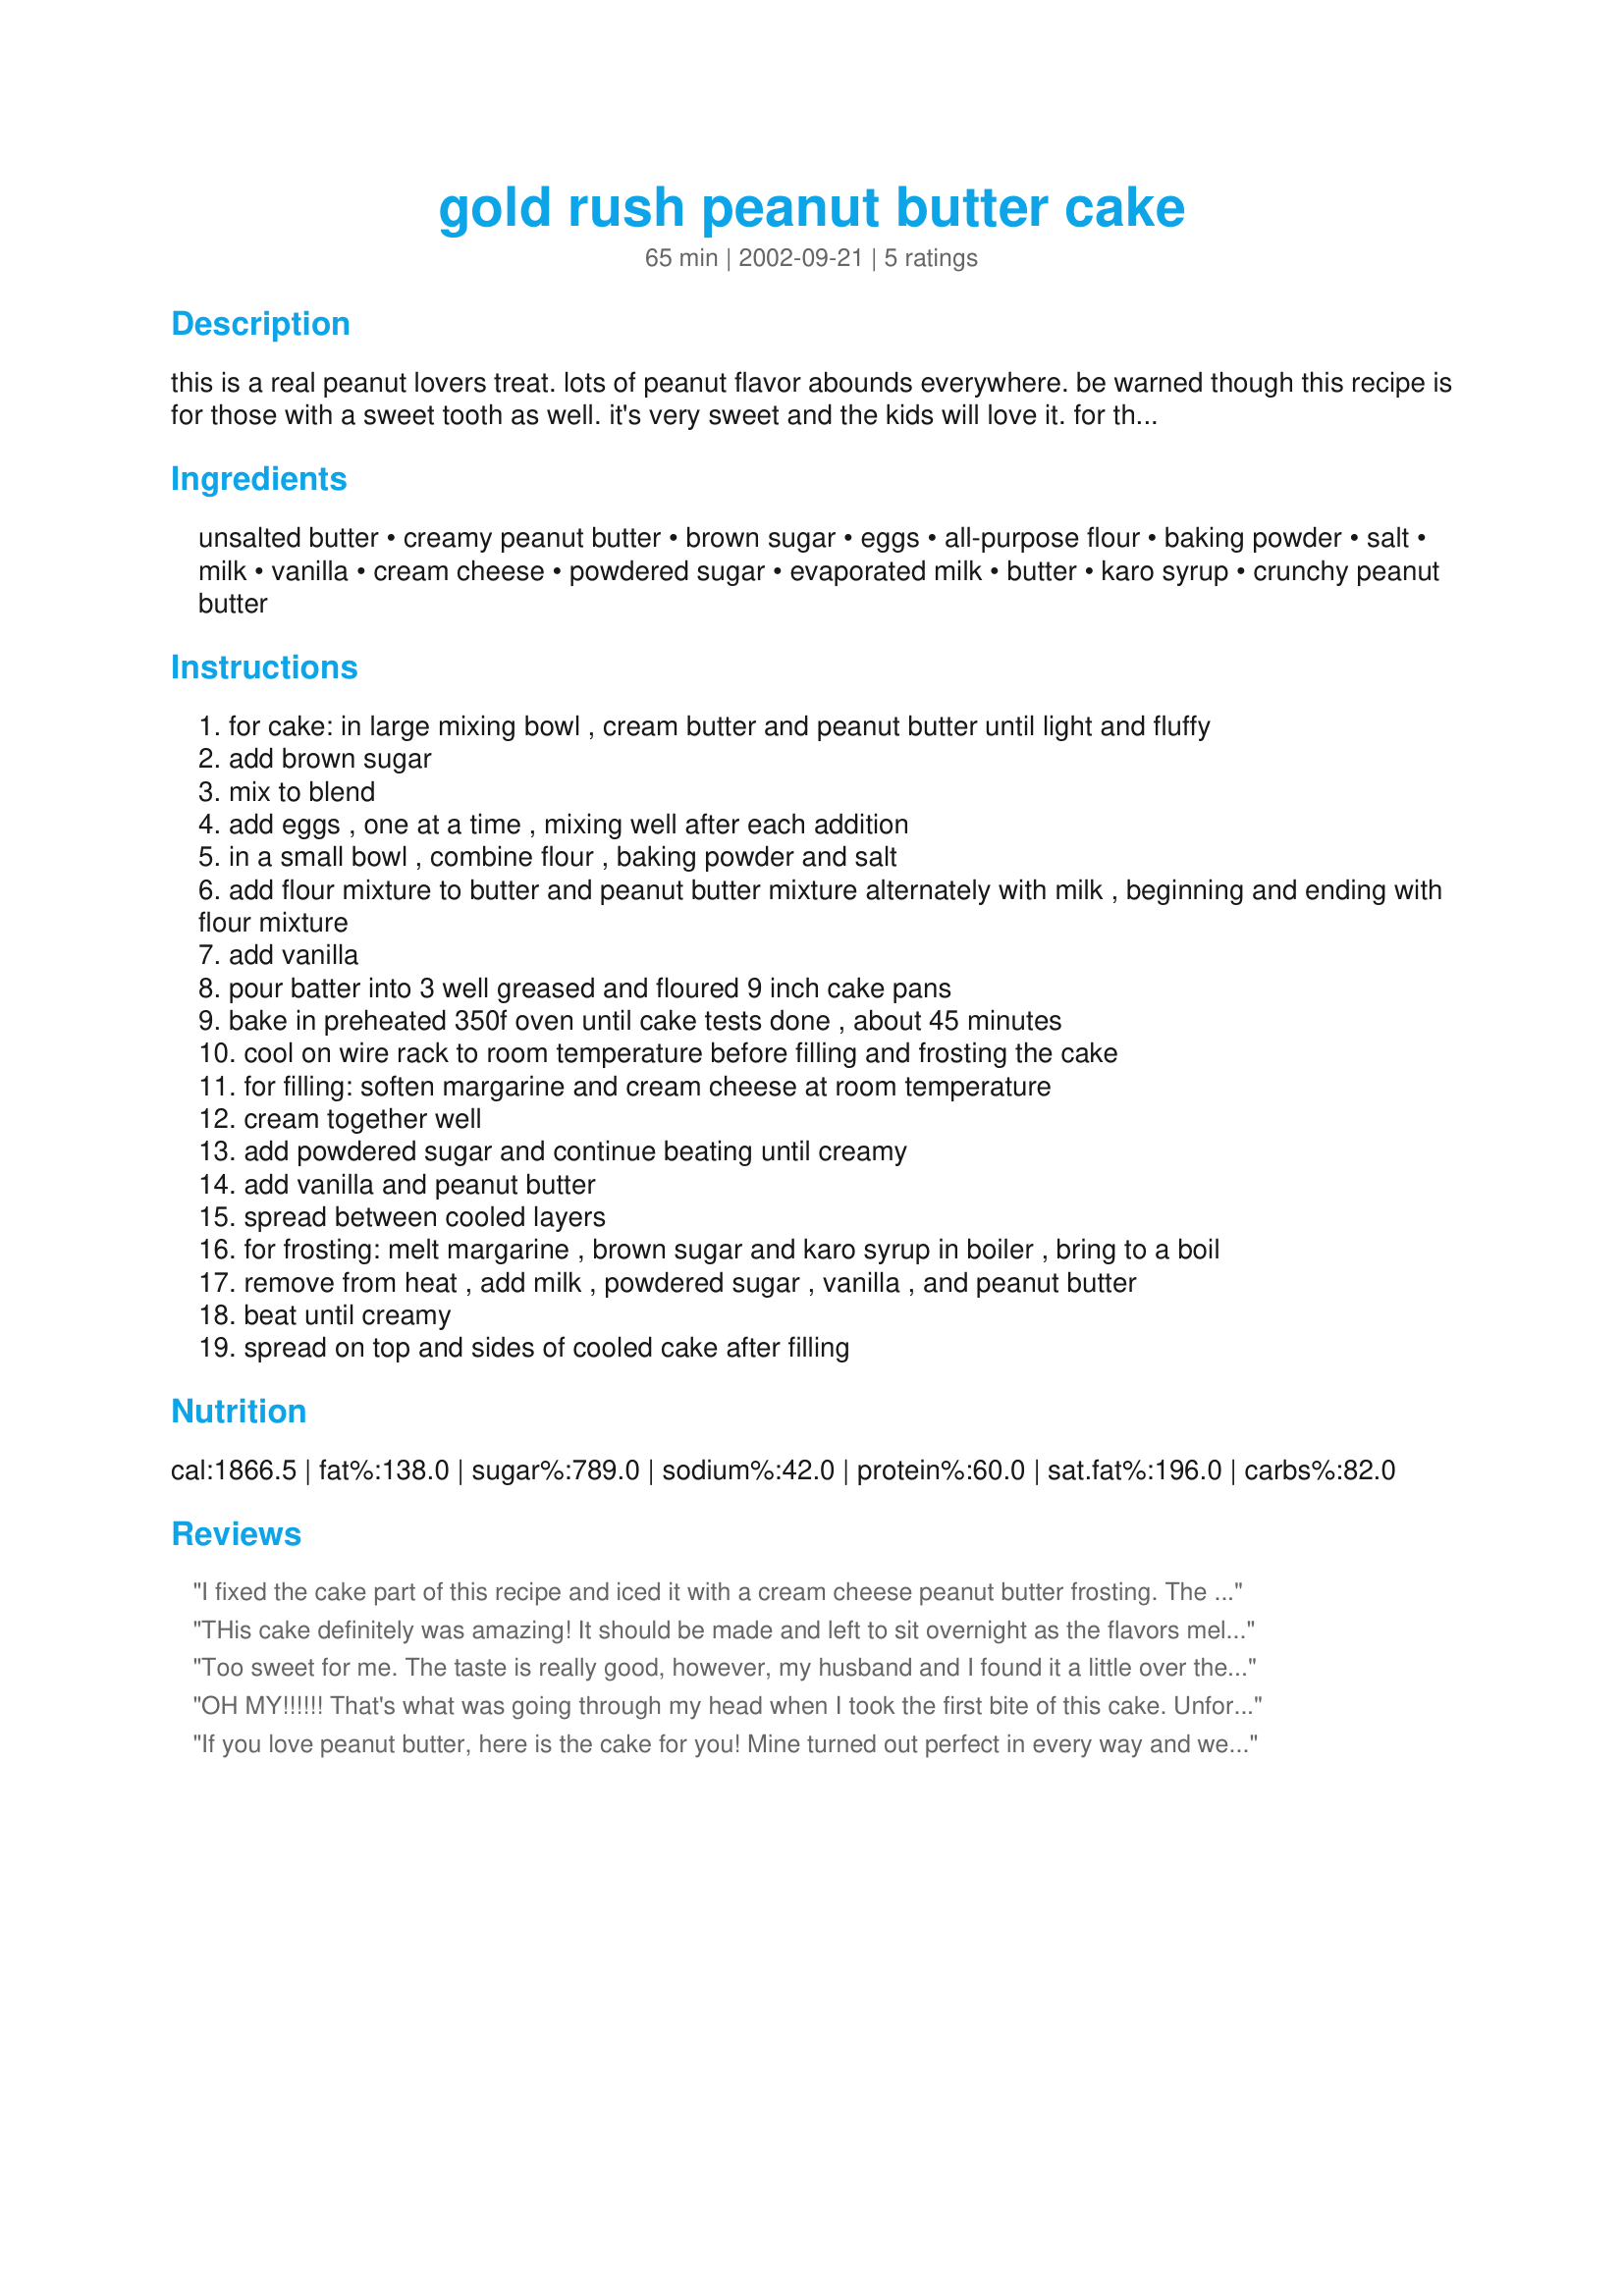
gold rush peanut butter cake
Preparation time: 65 minutes

this is a real peanut lovers treat. lots of peanut flavor abounds everywhere. be warned though this recipe is for those with a sweet tooth as well. it's very sweet and the kids will love it. for the adults it's a decadent treat that goes well with a hot cup of coffee.

Ingredients:
unsalted butter, creamy peanut butter, brown sugar, eggs, all-purpose flour, baking powder, salt, milk, vanilla, cream cheese, powdered sugar, evaporated milk, butter, karo syrup, crunchy peanut butter

Steps:
for cake: in large mixing bowl , cream butter and peanut butter until light and fluffy
add brown sugar
mix to blend
add eggs , one at a time , mixing well after each addition
in a small bowl , combine flour , baking powder and salt
add flour mixture to butter and peanut butter mixture alternately with milk , beginning and ending with flour mixture
add vanilla
pour batter into 3 well greased and floured 9 inch cake pans
bake in preheated 350f oven until cake tests done , about 45 minutes
cool on wire rack to room temperature before filling and frosting the cake
for filling: soften margarine and cream cheese at room temperature
cream together well
add powdered sugar and continue beating until creamy
add vanilla and peanut butter
spread between cooled layers
for frosting: melt margarine , brown sugar and karo syrup in boiler , bring to a boil
remove from heat , add milk , powdered sugar , vanilla , and peanut butter
beat until creamy
spread on top and sides of cooled cake after filling

Reviews:
I fixed the cake part of this recipe and iced it with a cream cheese peanut butter frosting. The cake seemed really dense to me. It was more like a hearty bread than the light fluffy cake that I was expecting. I followed the recipe exactly, but I might have made a mistake somewhere.
THis cake definitely was amazing! It should be made and left to sit overnight as the flavors meld and taste so much better the next day. The only thing I did different was to use cake flour in place of the all purpose flour. Also the 9in pans did not seem to be big enough, as this left a huge mess in the bottom of the oven. I'd use either 3 10in pans or maybe 4 9in pans next time but the mess was worth the taste in the end!
Too sweet for me. The taste is really good, however, my husband and I found it a little over the top. I also added more milk for the frosting. When I went to icing the cake, the layers were sliding, the cake seemed to heavy and toppled over.
OH MY!!!!!!
That's what was going through my head when I took the first bite of this cake. Unfortunately, due to diabetes I could not eat very much of it, but I have to say the few little bites I did take were well worth it. If you are a peanut butter fan you will think you died and went to heaven. I didn't have 3-9" pans so I used 2-10" pans but I think I will invest in the 9" pans because it would make a better presentation. The only problem I had was the icing. It came to a boil and I let it boil for a minute or so and maybe I should not have done that. Once I added the remaining ingredients it was too stiff to spread. I added 1/2 cup of evaporated milk but next time I will add 1/4 cup then 1 tsp more at a time if needed. The icing was spreadable but just a tad too soft. It would pool at the bottom of the plate so I would just go back and pick it back up with a knife and finally it did "set" up and say on the sides. In my opinion this will serve more than 9 people because you don't need large slices due to being so rich. It is absolutely divine.
If you love peanut butter, here is the cake for you! Mine turned out perfect in every way and we didn't find it too sweet. I added finely chopped peanuts to the frosting for a little added flavor and it was so yummy! My DD and her friends loved it for her birthday party! I served with vanilla ice cream and the kids inhaled it and asked for seconds!
